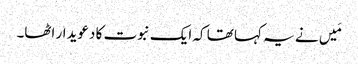
مَیں نے یہ کہا تھا کہ ایک نبوت کا دعویدار اٹھا۔